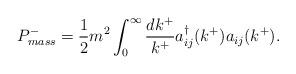
LaTeX: \begin{align*}P^-_{mass} = \frac{1}{2}m^2 \int_0^{\infty} \frac{dk^+}{k^+} a_{ij}^{\dagger}(k^+) a_{ij}(k^+).\end{align*}